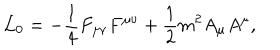
{ \cal L } _ { 0 } = - \frac { 1 } { 4 } F _ { \mu \nu } F ^ { \mu \nu } + \frac { 1 } { 2 } m ^ { 2 } A _ { \mu } A ^ { \mu } ,